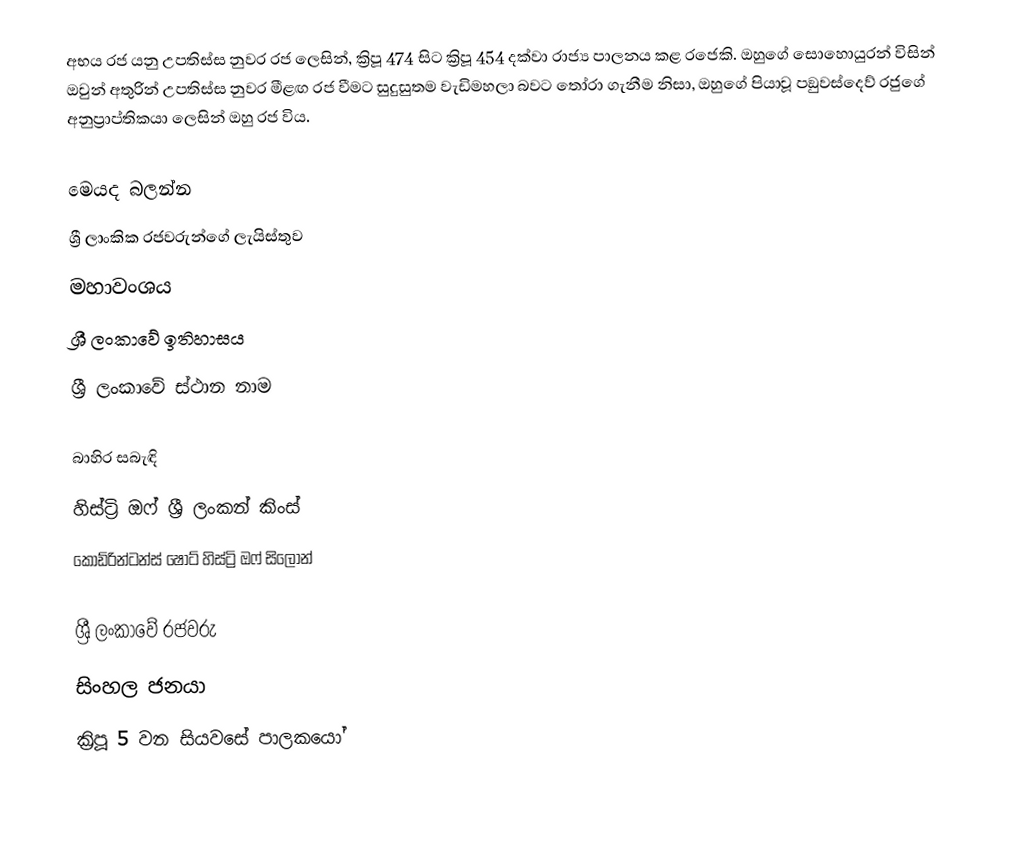
අභය රජ යනු  උපතිස්ස නුවර රජ ලෙසින්, ක්‍රිපූ  474 සිට ක්‍රිපූ 454 දක්වා රාජ්‍ය පාලනය කළ රජෙකි. ඔහුගේ සොහොයුරන් විසින් ඔවුන් අතුරින් උපතිස්ස නුවර මීළඟ රජ වීමට සුදුසුතම වැඩිමහලා බවට තෝරා ගැනීම නිසා, ඔහුගේ පියාවූ  පඞුවස්දෙව් රජුගේ අනුප්‍රාප්තිකයා ලෙසින් ඔහු රජ විය.

මෙයද බලන්න
 ශ්‍රී ලාංකික රජවරුන්ගේ ලැයිස්තුව
 මහාවංශය
 ශ්‍රී ලංකාවේ ඉතිහාසය
 ශ්‍රී ලංකාවේ ස්ථාන නාම

බාහිර සබැඳි
 හිස්ට්‍රි ඔෆ් ශ්‍රී ලංකන් කිංස්
 කොඩ්රින්ටන්ස් ෂෝට් හිස්ට්‍රි ඔෆ් සිලෝන්

ශ්‍රී ලංකාවේ රජවරු
සිංහල ජනයා
ක්‍රිපූ 5 වන සියවසේ පාලකයෝ